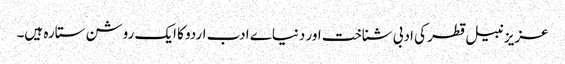
عزیز نبیل قطر کی ادبی شناخت اور دنیاے ادب اردو کا ایک روشن ستارہ ہیں۔